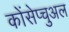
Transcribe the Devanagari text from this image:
कोंसेप्चुअल